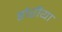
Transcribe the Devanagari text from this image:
डोरीया